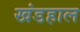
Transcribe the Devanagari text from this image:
खंडहाल